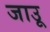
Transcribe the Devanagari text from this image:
जाउू